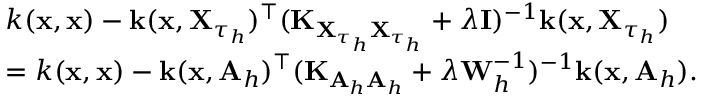
\begin{array} { r l } & { k ( \mathbf { x } , \mathbf { x } ) - \mathbf { k } ( \mathbf { x } , \mathbf { X } _ { \tau _ { h } } ) ^ { \top } ( \mathbf { K } _ { \mathbf { X } _ { \tau _ { h } } \mathbf { X } _ { \tau _ { h } } } + \lambda \mathbf { I } ) ^ { - 1 } \mathbf { k } ( \mathbf { x } , \mathbf { X } _ { \tau _ { h } } ) } \\ & { = k ( \mathbf { x } , \mathbf { x } ) - \mathbf { k } ( \mathbf { x } , \mathbf { A } _ { h } ) ^ { \top } ( \mathbf { K } _ { \mathbf { A } _ { h } \mathbf { A } _ { h } } + \lambda \mathbf { W } _ { h } ^ { - 1 } ) ^ { - 1 } \mathbf { k } ( \mathbf { x } , \mathbf { A } _ { h } ) . } \end{array}